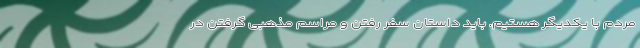
مردم با یکدیگر هستیم. باید داستان سفر رفتن و مراسم مذهبی گرفتن در